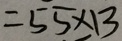
= 5 5 \times 1 3